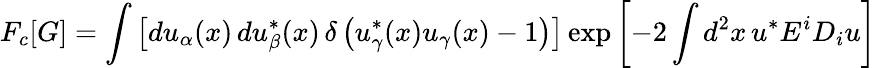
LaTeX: F_{c}[G]=\int\left[du_{\alpha}(x)\, du_{\beta}^{*}(x)\, \delta\left(u_{\gamma}^{*}(x)u_{\gamma}(x)-1\right)\right]\exp\left[-2\int d^{2}x\, u^{*}E^{i}D_{i}u\right]